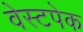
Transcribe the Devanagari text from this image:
वेस्टपेक